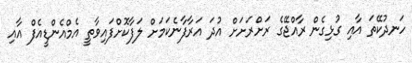
ހަނދުކޭތަ އާއި ގުޅިގެން ރާއްޖޭގެ ރަށްރަށަށް އުދަ އަރާފާނެކަމަށް ލަފާކޮށްފައިވާތީ އެމްއެންޑީއެފް އާއި